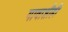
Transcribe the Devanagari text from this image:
गावाशीही